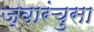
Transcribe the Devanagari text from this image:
ज्वारंचुसा